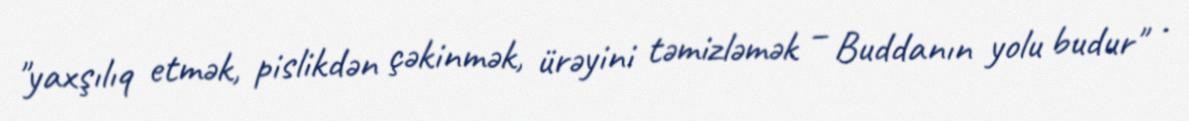
"yaxşılıq etmək, pislikdən çəkinmək, ürəyini təmizləmək – Buddanın yolu budur" .